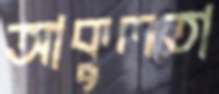
আকুলতা